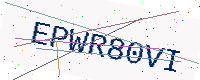
Text: EPWR80VI